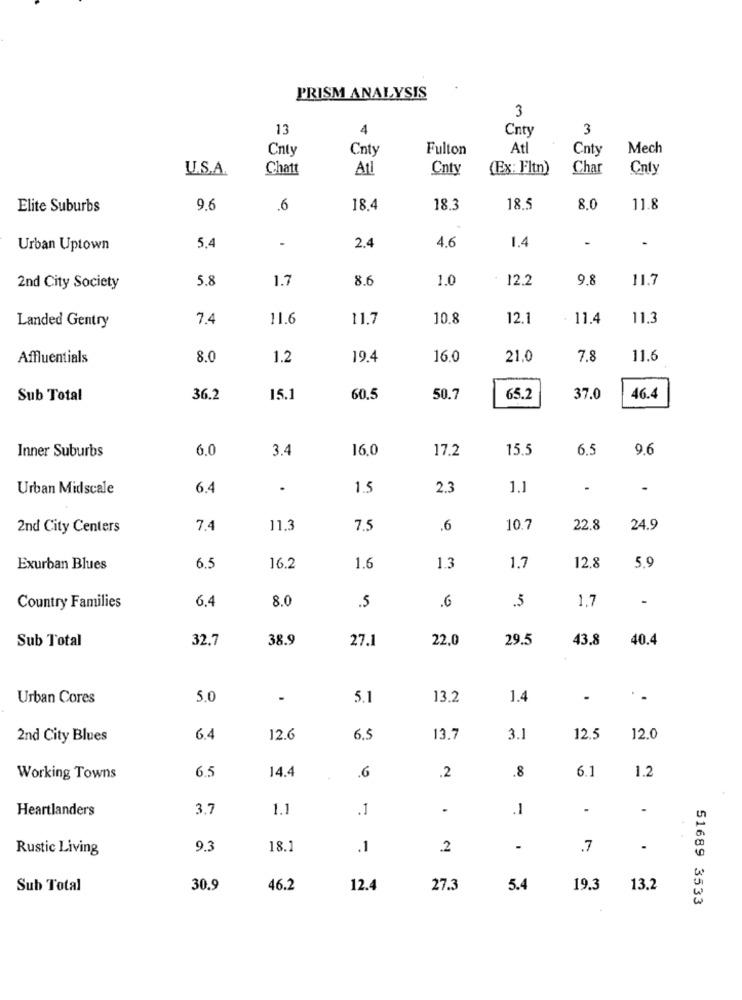
PRISM ANALYSIS
3
13
4
Cnty
3
Cnty
Cnty
Fulton
Atl
Cnty
Mech
U.S.A.
Chatt
Atl
Cnty
(Ex: F'ltn)
Char
Cnly
Elite Suburbs
9.6
.6
18.4
18.3
18.5
8,0
11.8
-
2.4
-
Urban Uptown
5.4
4.6
1.4
5.8
1.7
8.6
1.0
12.2
9.8
11.7
2nd City Society
7.4
11.6
11.7
10.8
12.1
11.4
11.3
Landed Gentry
Affluentials
8.0
1.2
19.4
16.0
21.0
7.8
11.6
Sub Total
36.2
15.1
60.5
50.7
65.2
37.0
46.4
Inner Suburbs
6.0
3.4
16,0
17.2
15.5
6.5
9.6
Urban Midscale
6.4
.
1.5
2.3
1.1
-
-
2nd City Centers
7.4
11.3
7.5
.6
10.7
22.8
24.9
Exurban Blues
6.5
16.2
1.6
1.3
1.7
12.8
5.9
6.4
8.0
1.7
Country Families
.5
.6
.5
Sub Total
32.7
38.9
27.1
22,0
29.5
43.8
40.4
Urban Cores
5.0
.
5.1
13.2
1.4
.
2nd City Blues
6.4
12.6
6.5
13.7
3.1
12.5
12.0
6.5
14.4
.8
1.2
Working Towns
.6
.2
6.1
Heartlanders
3.7
1.1
.1
.
.1
.
.
Rustic Living
9.3
18.1
.1
.2
-
.7
Sub Total
30.9
46.2
12.4
27.3
5.4
19.3
13.2
51689 3533